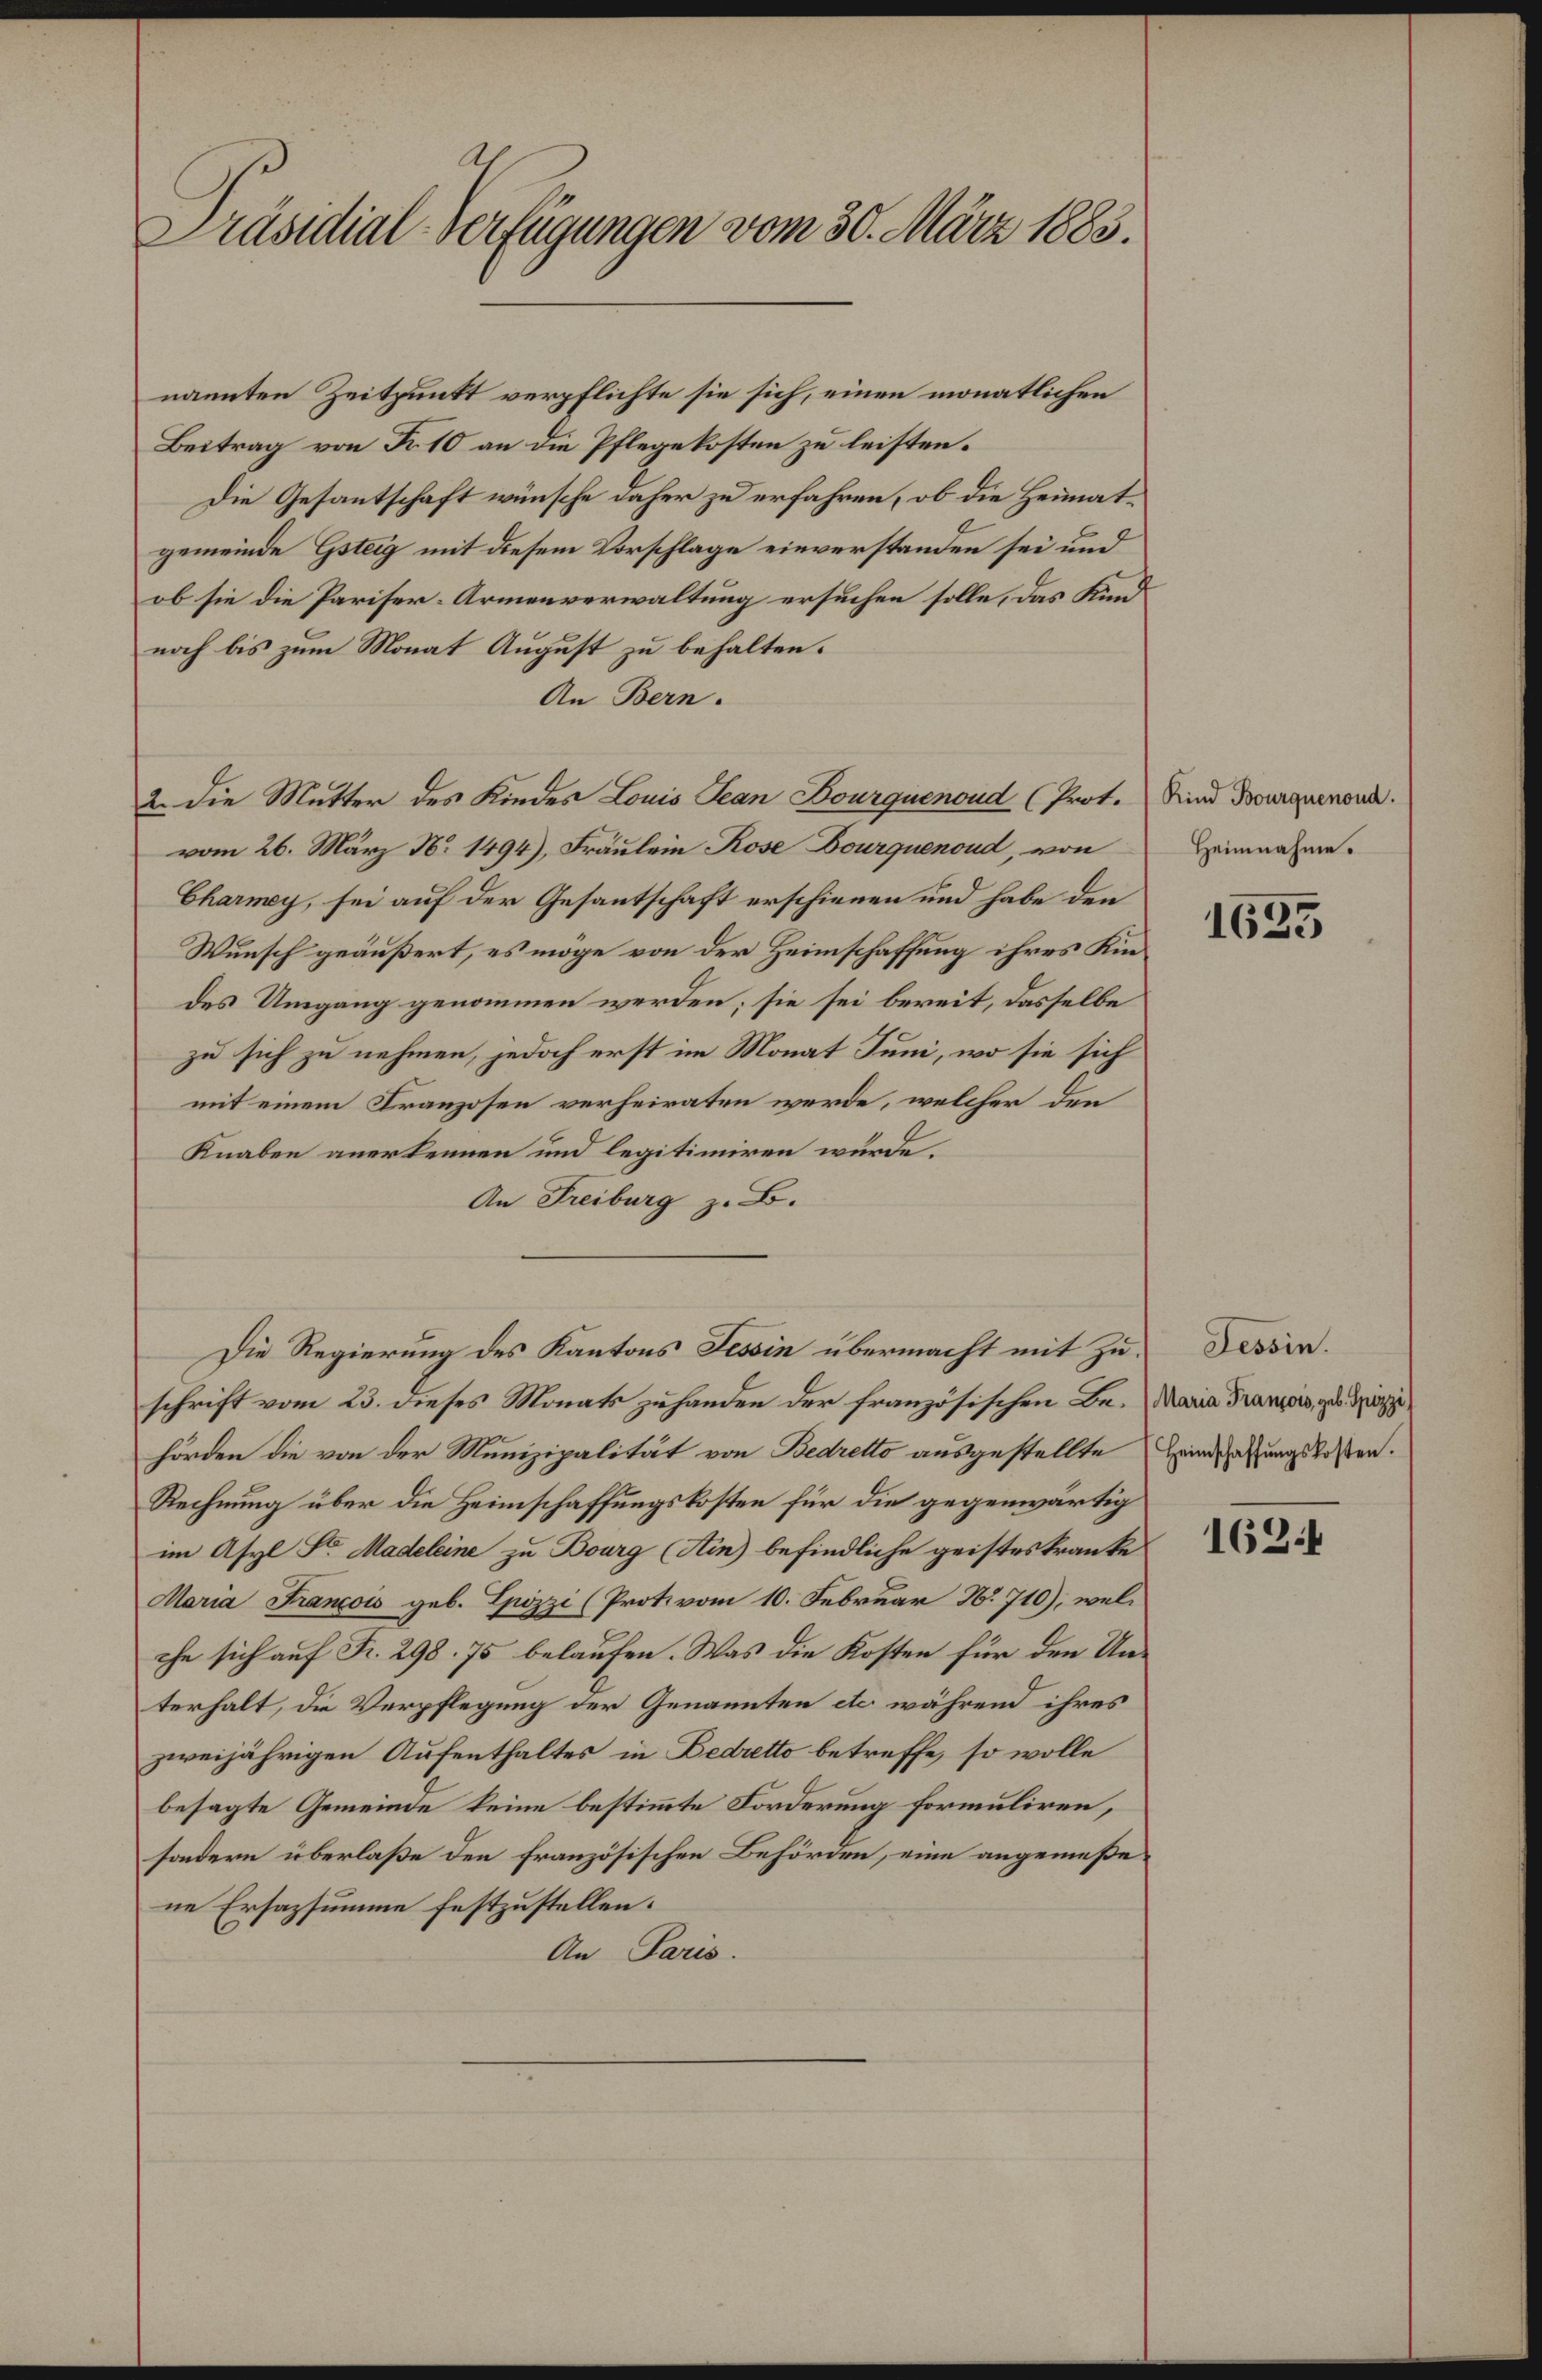
Präsidial-Verfügungen vom 30. März 1883.

nannten Zeitpunkt verpflichte sie sich, einen monatlichen
Beitrag von Fr. 10 an die Pflegekosten zu leisten.
Die Gesantschaft wünsche daher zu erfahren, ob die Heimatgemeinde Gsteig mit diesem Vorschlage einverstanden sei und
ob sie die Pariser-Armenverwaltung ersuchen solle, das Kindnoch bis zum Monat August zu behalten.
An Bern.
2. Die Mutter des Kindes Louis Jean Bourquenoud (Prot.
vom 26. März N. 1494), Fräulein Rose Dourquenoud, von
Charmey, sei auf der Gesantschaft erschienen und habe den
Wunsch geäußert, es möge von der Heimschaffung ihres Kindes Umgang genommen werden; sie sei bereit, dasselbe
zu sich zu nehmen, jedoch erst im Monat Juni, wo sie sich
mit einem Franzosen verheiraten werde, welcher den
Knaben anerkennen und legitimiren würde.
An Freiburg z. B.
Die Regierung des Kantons Tessin übermacht mit zu Tessin.
schrift vom 23. dieses Monats zuhanden der französischen Be- Maria Franzors, zu Zi
hörden die von der Munizipalität von Bedretto ausgestellte Heimsungslosen.
Rechnung über die Heimschaffungskosten für die gegenwärtig
im Asyl Sr. Madeleine zu Bourg (Ain) befindliche geistes kranke
Maria Francois geb. Spizzi (Protivom 10. Februar No. 710), wel-
che sich auf Fr. 298. 75 belaufen. Was die Kosten für den Unterhalt, die Verpflegung der Genannten etc. während ihres
zweijährigen Aufenthaltes in Bedretto betreffe, so wolle
besagte Gemeinde keine bestimmte Forderung formuliren,
sondern überlaße den französischen Behörden, eine angemeßene Ersazsumme festzustellen.
An Paris.

Kind Bourquenoud.
Heimnahme.

1635

162.